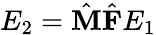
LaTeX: E_{2}=\hat{\textbf{M}}\hat{\textbf{F}}E_{1}